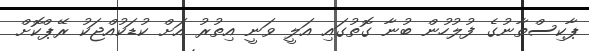
ޕާކިސްތާނުގެ ފުލުހުން ބުނާ ގޮތުގައި އަލީ ވަނީ އިތުރު އަށް ކުޑަކުއްޖަކު ރޭޕްކޮށް